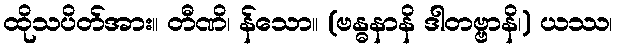
ထိုသပိတ်အား။ တီဏိ၊ န်သော။ (ဗန္ဓနာနိ ဒါတဗ္ဗာနိ၊) ယဿ၊